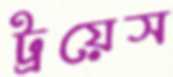
ট্রয়েস